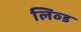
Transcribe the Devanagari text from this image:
लिव्ड